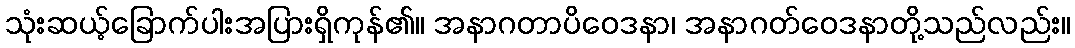
သုံးဆယ့်ခြောက်ပါးအပြားရှိကုန်၏။ အနာဂတာပိဝေဒနာ၊ အနာဂတ်ဝေဒနာတို့သည်လည်း။